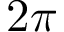
2 \pi